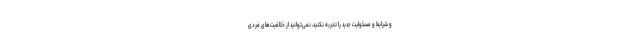
و شرایط و مسئولیت جدید را تجربه نکنید، نمی‌توانید از خلاقیت‌های فردی‌